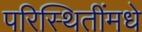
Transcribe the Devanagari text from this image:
परिस्थितींमधे